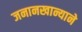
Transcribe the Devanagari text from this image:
जनानखान्याने